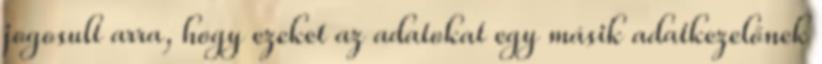
jogosult arra, hogy ezeket az adatokat egy másik adatkezelőnek